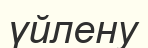
үйлену